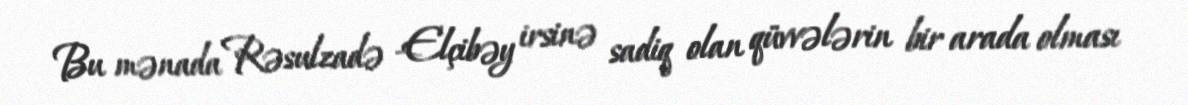
Bu mənada Rəsulzadə -Elçibəy irsinə sadiq olan qüvvələrin bir arada olması